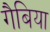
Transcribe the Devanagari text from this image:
गैबिया